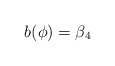
\begin{align*} b(\phi) = \beta_4\end{align*}